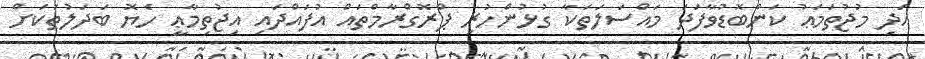
އަދި މުޖުތަމަޢު ކަންބޮޑުވާފަދަ މައްސަލަތަކާ ގުޅުންހުރި ޕްރޮގްރާމްތައް އުފައްދައި އިޖުތިމާޢީ ހެޔޮ ބަދަލުތަކަށް